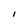
Character: i